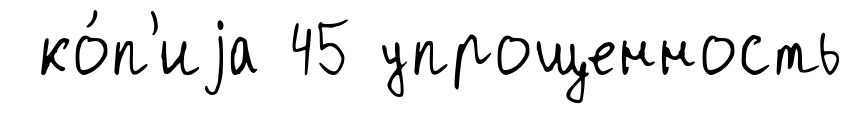
ко́п'иjа 45 упрощенность